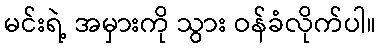
မင်းရဲ့ အမှားကို သွား ဝန်ခံလိုက်ပါ။